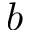
b